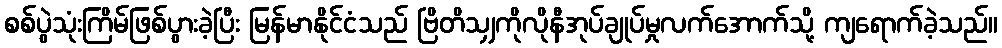
စစ်ပွဲသုံးကြိမ်ဖြစ်ပွားခဲ့ပြီး မြန်မာနိုင်ငံသည် ဗြိတိသျှကိုလိုနီအုပ်ချုပ်မှုလက်အောက်သို့ ကျရောက်ခဲ့သည်။